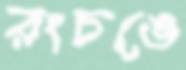
রংচঙে